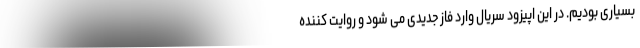
بسیاری بودیم. در این اپیزود سریال وارد فاز جدیدی می شود و روایت کننده